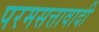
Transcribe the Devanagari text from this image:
परमसत्तावादी